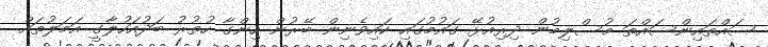
ސައްތައިންސައްތަ މުސްލިމުން ދިރިއުޅޭ ގައުމުގައި ކައިވެނިން ބޭރުން ހިންގާ ހުތުރު ބަދުއަހުލާގީ އަމަލުތައް